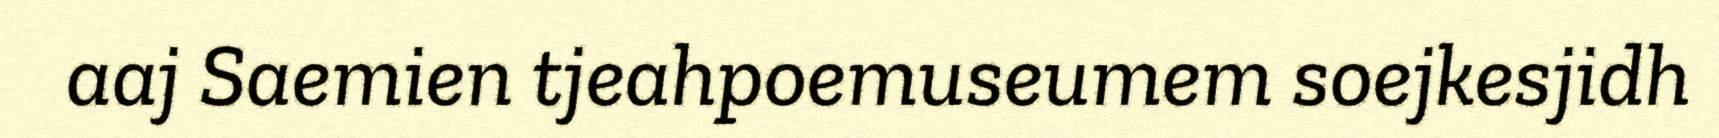
aaj Saemien tjeahpoemuseumem soejkesjidh